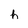
Character: h